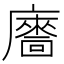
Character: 𢋢